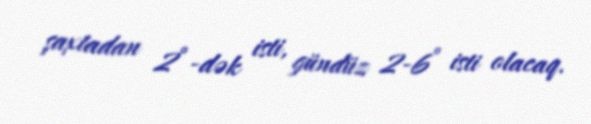
şaxtadan 2°-dək isti, gündüz 2-6° isti olacaq.